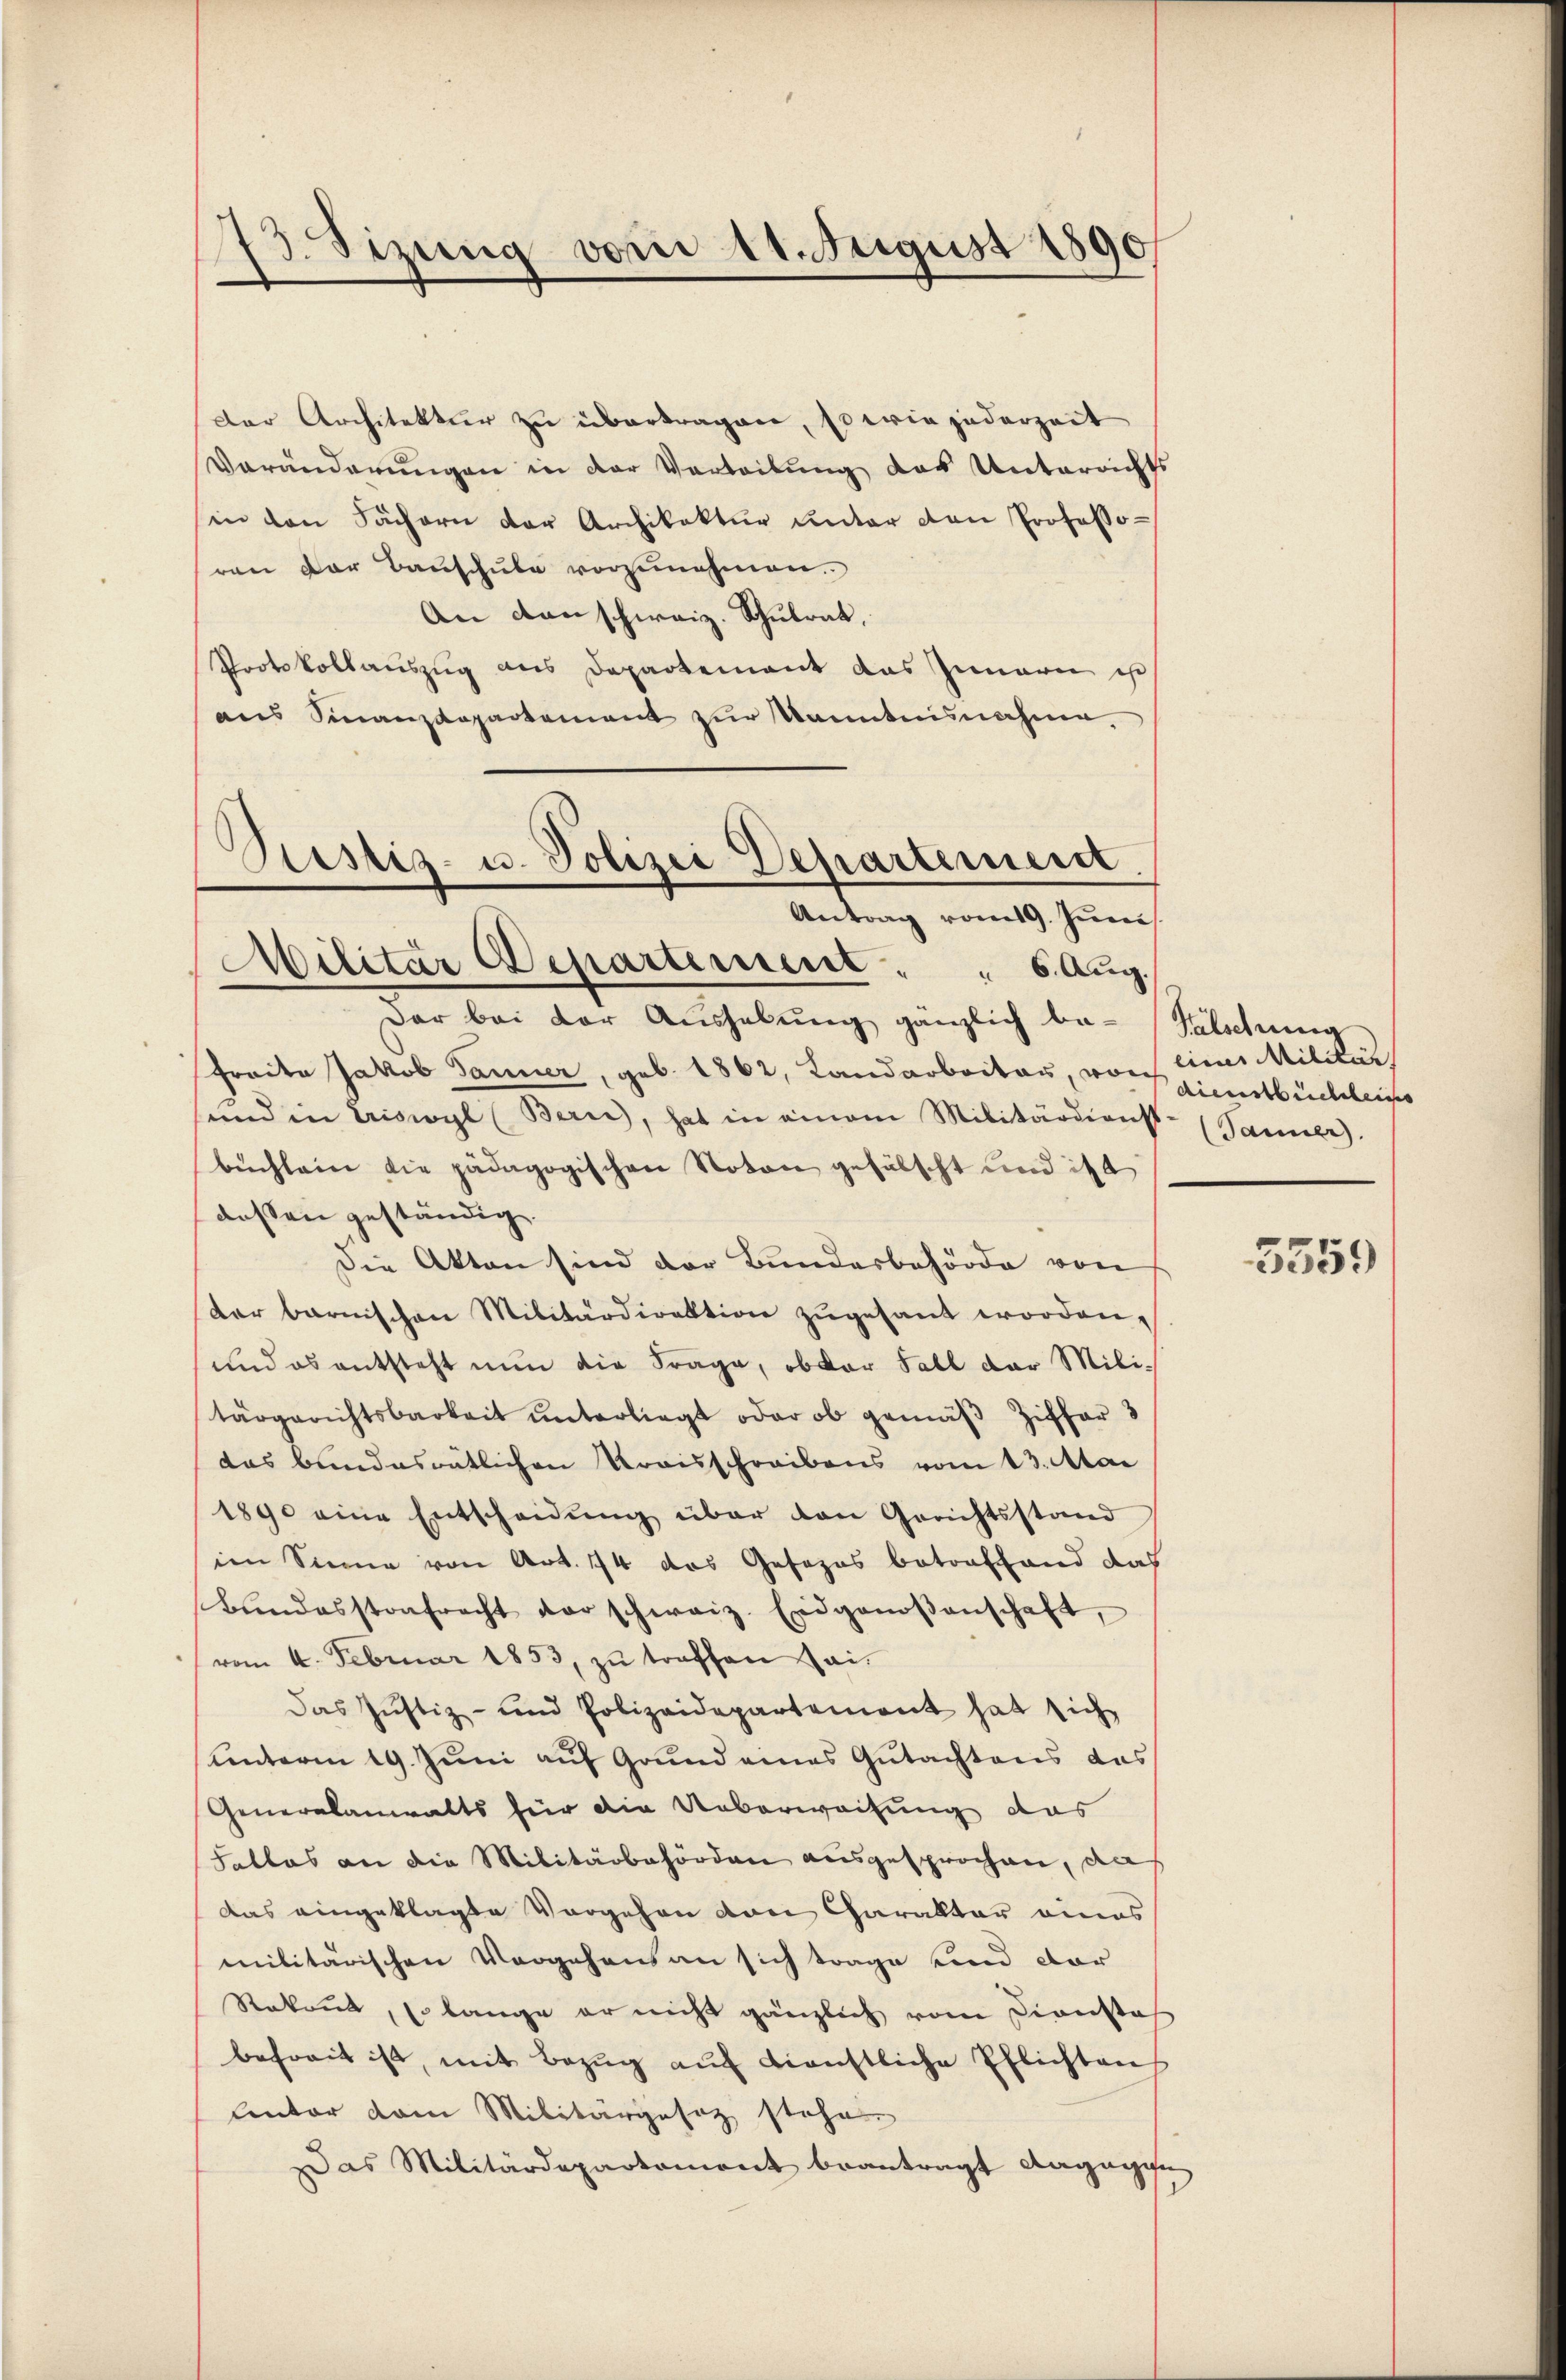
73. Sizung vom 11. August 1890

Der Architektur zu übertragen, so wie jederzeit
Veränderungen in der Verleitung das Unterrichts
in den Fächern der Architektur unter den Professoren der Bauschule vorzunehmen.
An den schweiz. Schulrat,
Protokollauszug aus Departement das Innern ist
ans Finanzdepartement zur kanntennahme
Piustiz- u. Polizei Departement
Antrag vom 19. Juni.

Militär Departement . . 6 Aug.

Der bei der Aushebung gänzlich be-Fälschung
Fraite Jakob Tanner, geb. 1862, Landarbeiter, von eine Militär
sind in Eriswyl (Bern, hat in einem Militärdienst- (Sauer.
büchlein die pädagogischen Notar gefälscht und ist
dessen geständig.
Die Akten sind der Bundesbehörde von
der barnischen Militärdirektion zŭgesant worden.
und es entsteht nun die Frage, ob der Fall der Mili-
tärgerichtsbarkeit ŭnterliegt oder ob gemäβ Ziffer 3
das bundesrätlichen Kraisschreibens vom 13. Mai
1890 eine Entscheidung über den Gerichtsstand
im Sinne von Art. 74 das Gesezes betreffend das
Bŭndesstrafrecht vor schweiz. Eidgenoßenschaft,
vom 4. Februar 1853, zŭ treffen sei.
Das Justiz- und Polizeidepartement hat sich
unterm 19. Juni auf Grund eines Gutachtens das
Generalanwalts für die Ueberweisung das
Satlos an die Militärbehörden ausgesprochen, da
Das eingeklagte Vorgehen von Charalltar eines
militärischen Vorgehens an sich trage und dar
Rekont, so lange er nicht gänzlich vom Diensta
befreit ist, mit Bezŭg aŭf dienstliche Pflichten
lentar vom Militärgesetz stehe
Das Militärdepartament beantragt dagegen

dienstbüchleines

3359